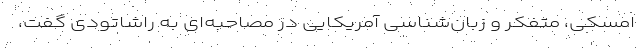
امسکی، متفکر و زبان‌شناسی آمریکایی در مصاحبه‌ای به راشاتودی گفت،